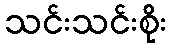
သင်းသင်းစိုး